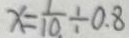
x = \frac { 1 } { 1 0 } \div 0 . 8